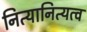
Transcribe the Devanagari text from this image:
नित्यानित्यत्व